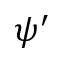
\psi ^ { \prime }